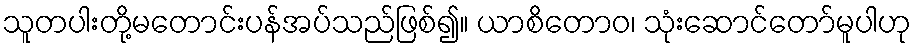
သူတပါးတို့မတောင်းပန်အပ်သည်ဖြစ်၍။ ယာစိတောဝ၊ သုံးဆောင်တော်မူပါဟု